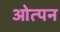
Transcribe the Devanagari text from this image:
ओत्पन